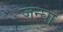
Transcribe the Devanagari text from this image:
जन्घा